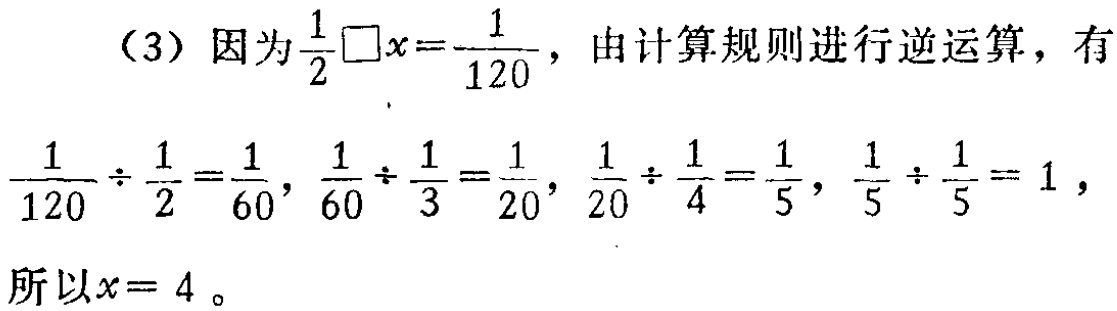
（3）因为\(\frac{1}{2}\square x=\frac{1}{120}\)，由计算规则进行逆运算，有

\(\frac{1}{120}\div\frac{1}{2}=\frac{1}{60}\)，\(\frac{1}{60}\div\frac{1}{3}=\frac{1}{20}\)，\(\frac{1}{20}\div\frac{1}{4}=\frac{1}{5}\)，\(\frac{1}{5}\div\frac{1}{5}=1\)，

所以\(x = 4\)。